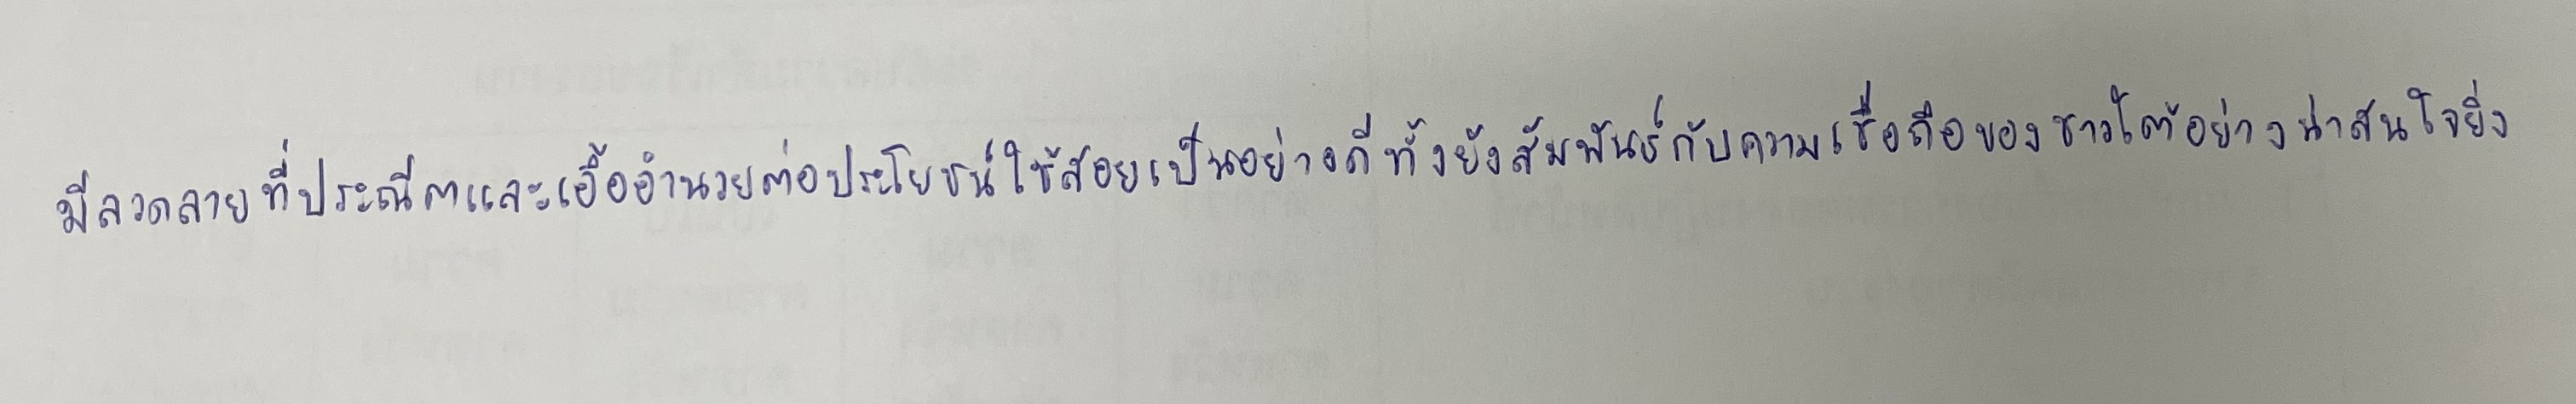
มีลวดลายที่ประณีตและเอื้ออำนวยต่อประโยชน์ใช้สอยเป็นอย่างดีทั้งยังสัมพันธ์กับความเชื่อถือของชาวใต้อย่างน่าสนใจยิ่ง